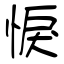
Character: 悷